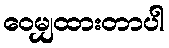
ဝေမျှထားတာပါ